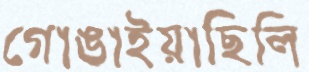
গোঙাইয়াছিলি